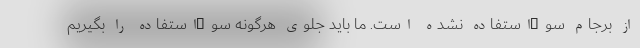
از برجام سوءاستفاده نشده است. ما باید جلوی هرگونه سوءاستفاده را بگیریم